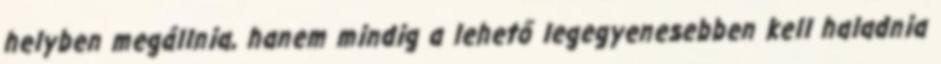
helyben megállnia, hanem mindig a lehető legegyenesebben kell haladnia